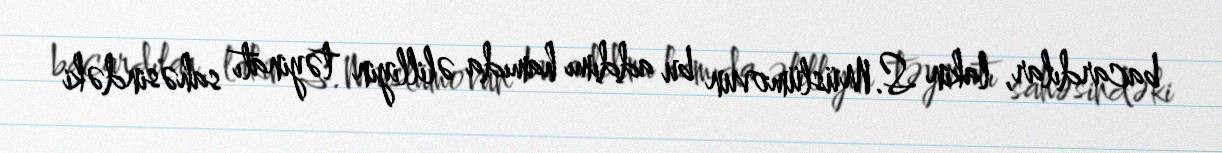
bacardılar, lakin S.Müslümovun bu addımı hamıda əlilliyin təyinatı sahəsindəki